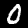
Label: 0